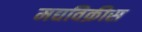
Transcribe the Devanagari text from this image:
मद्यविक्रीस